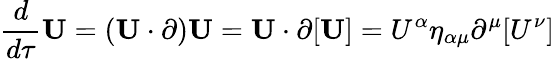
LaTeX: {\frac{d}{d\tau}}\mathbf{U}=(\mathbf{U}\cdot\mathbf{\partial})\mathbf{U}=\mathbf{U}\cdot\mathbf{\partial}[\mathbf{U}]=U^{\alpha}\eta_{\alpha\mu}\partial^{\mu}[U^{\nu}]